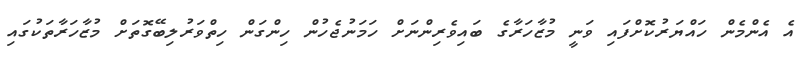
އެ އެންމެން ހައްޔަރުކޮށްފައި ވަނީ މުޒާހަރާގެ ބައިވެރިންނަށް ހަމަނުޖެހުން ހިންގަން ހިތްވަރުލިބޭގޮތަށް މުޒާހަރާތަކުގައި